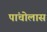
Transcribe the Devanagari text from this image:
पांचोलास